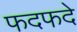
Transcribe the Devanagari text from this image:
फदफदे